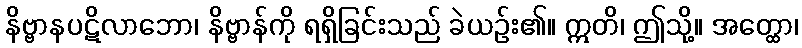
နိဗ္ဗာနပဋိလာဘော၊ နိဗ္ဗာန်ကို ရရှိခြင်းသည် ခဲယဉ်း၏။ ဣတိ၊ ဤသို့။ အတ္ထော၊